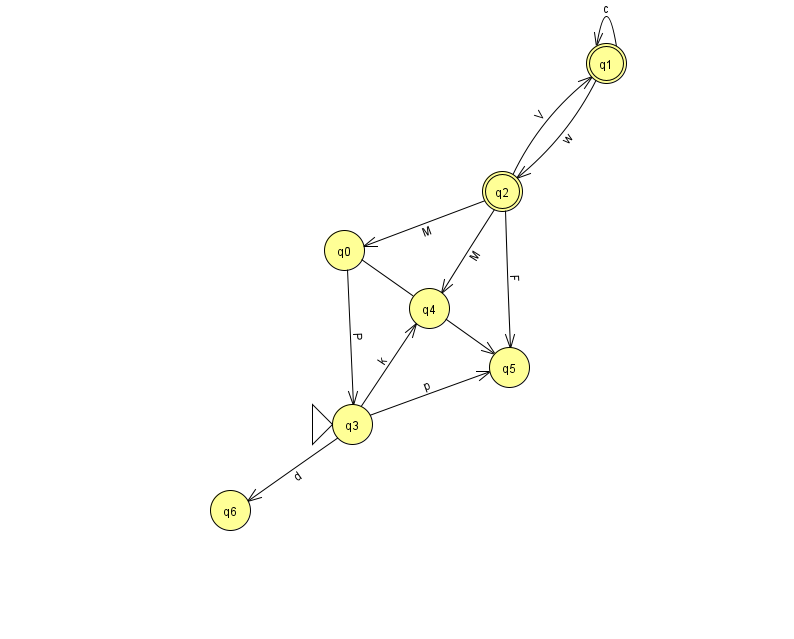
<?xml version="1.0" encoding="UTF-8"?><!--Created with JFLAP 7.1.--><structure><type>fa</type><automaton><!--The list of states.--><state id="0" name="q0"><x>344.0</x><y>237.0</y></state><state id="1" name="q1"><x>606.0</x><y>50.0</y><final/></state><state id="2" name="q2"><x>502.0</x><y>178.0</y><final/></state><state id="3" name="q3"><x>352.0</x><y>411.0</y><initial/></state><state id="4" name="q4"><x>429.0</x><y>295.0</y></state><state id="5" name="q5"><x>509.0</x><y>354.0</y></state><state id="6" name="q6"><x>230.0</x><y>497.0</y></state><!--The list of transitions.--><transition><from>2</from><to>4</to><read>M</read></transition><transition><from>1</from><to>1</to><read>c</read></transition><transition><from>2</from><to>0</to><read>M</read></transition><transition><from>0</from><to>5</to><read>G</read></transition><transition><from>2</from><to>1</to><read>V</read></transition><transition><from>1</from><to>2</to><read>w</read></transition><transition><from>3</from><to>4</to><read>k</read></transition><transition><from>2</from><to>5</to><read>F</read></transition><transition><from>3</from><to>6</to><read>d</read></transition><transition><from>3</from><to>5</to><read>p</read></transition><transition><from>0</from><to>3</to><read>P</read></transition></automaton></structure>